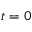
t = 0